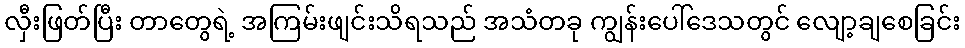
လှီးဖြတ်ပြီး တာတွေရဲ့ အကြမ်းဖျင်းသိရသည် အသံတခု ကျွန်းပေါ်ဒေသတွင် လျော့ချစေခြင်း